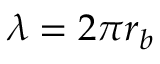
\lambda = 2 \pi r _ { b }